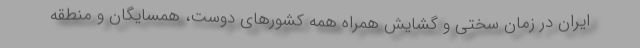
ایران در زمان سختی و گشایش همراه همه کشورهای دوست، همسایگان و منطقه